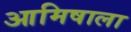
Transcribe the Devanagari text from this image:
आमिषाला